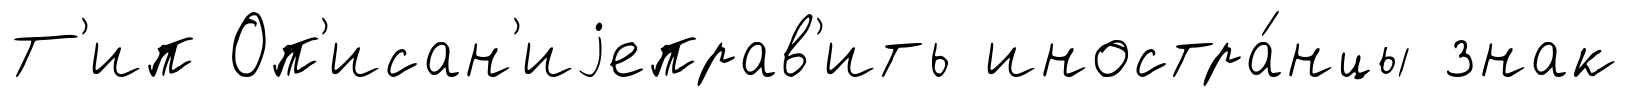
Т'ип Оп'исан'иjеправ'ить иностра́нцы знак